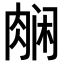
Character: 𬚿